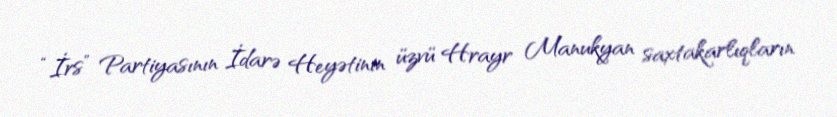
“İrs” Partiyasının İdarə Heyətinin üzvü Hrayr Manukyan saxtakarlıqların